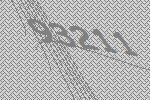
93211